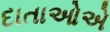
દાતાઓએ